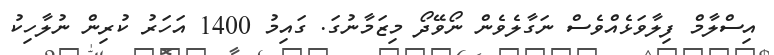
އިސްލާމް ފިލާވަޅެއްވެސް ނަގާލެވެން ނޯވޭދޯ މިޒަމާނުގަ. ގައިމު 1400 އަހަރު ކުރިން ނުލާހިކު